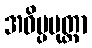
အဝိပ္ပမုတ္တာ